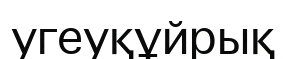
угеуқұйрық